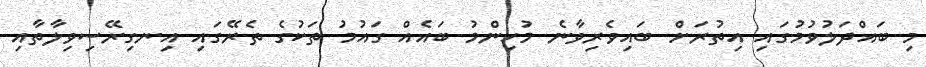
މި ބައްދަލުވުމުގައި އިތުރަށް ބައިވެރިވާނެ މުހިންމު ބައެއް ގައުމު ތަކުގެ ތެރޭގައި އިނގިރޭސިވިލާތާއި